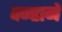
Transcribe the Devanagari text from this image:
वन्हानें